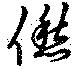
僽